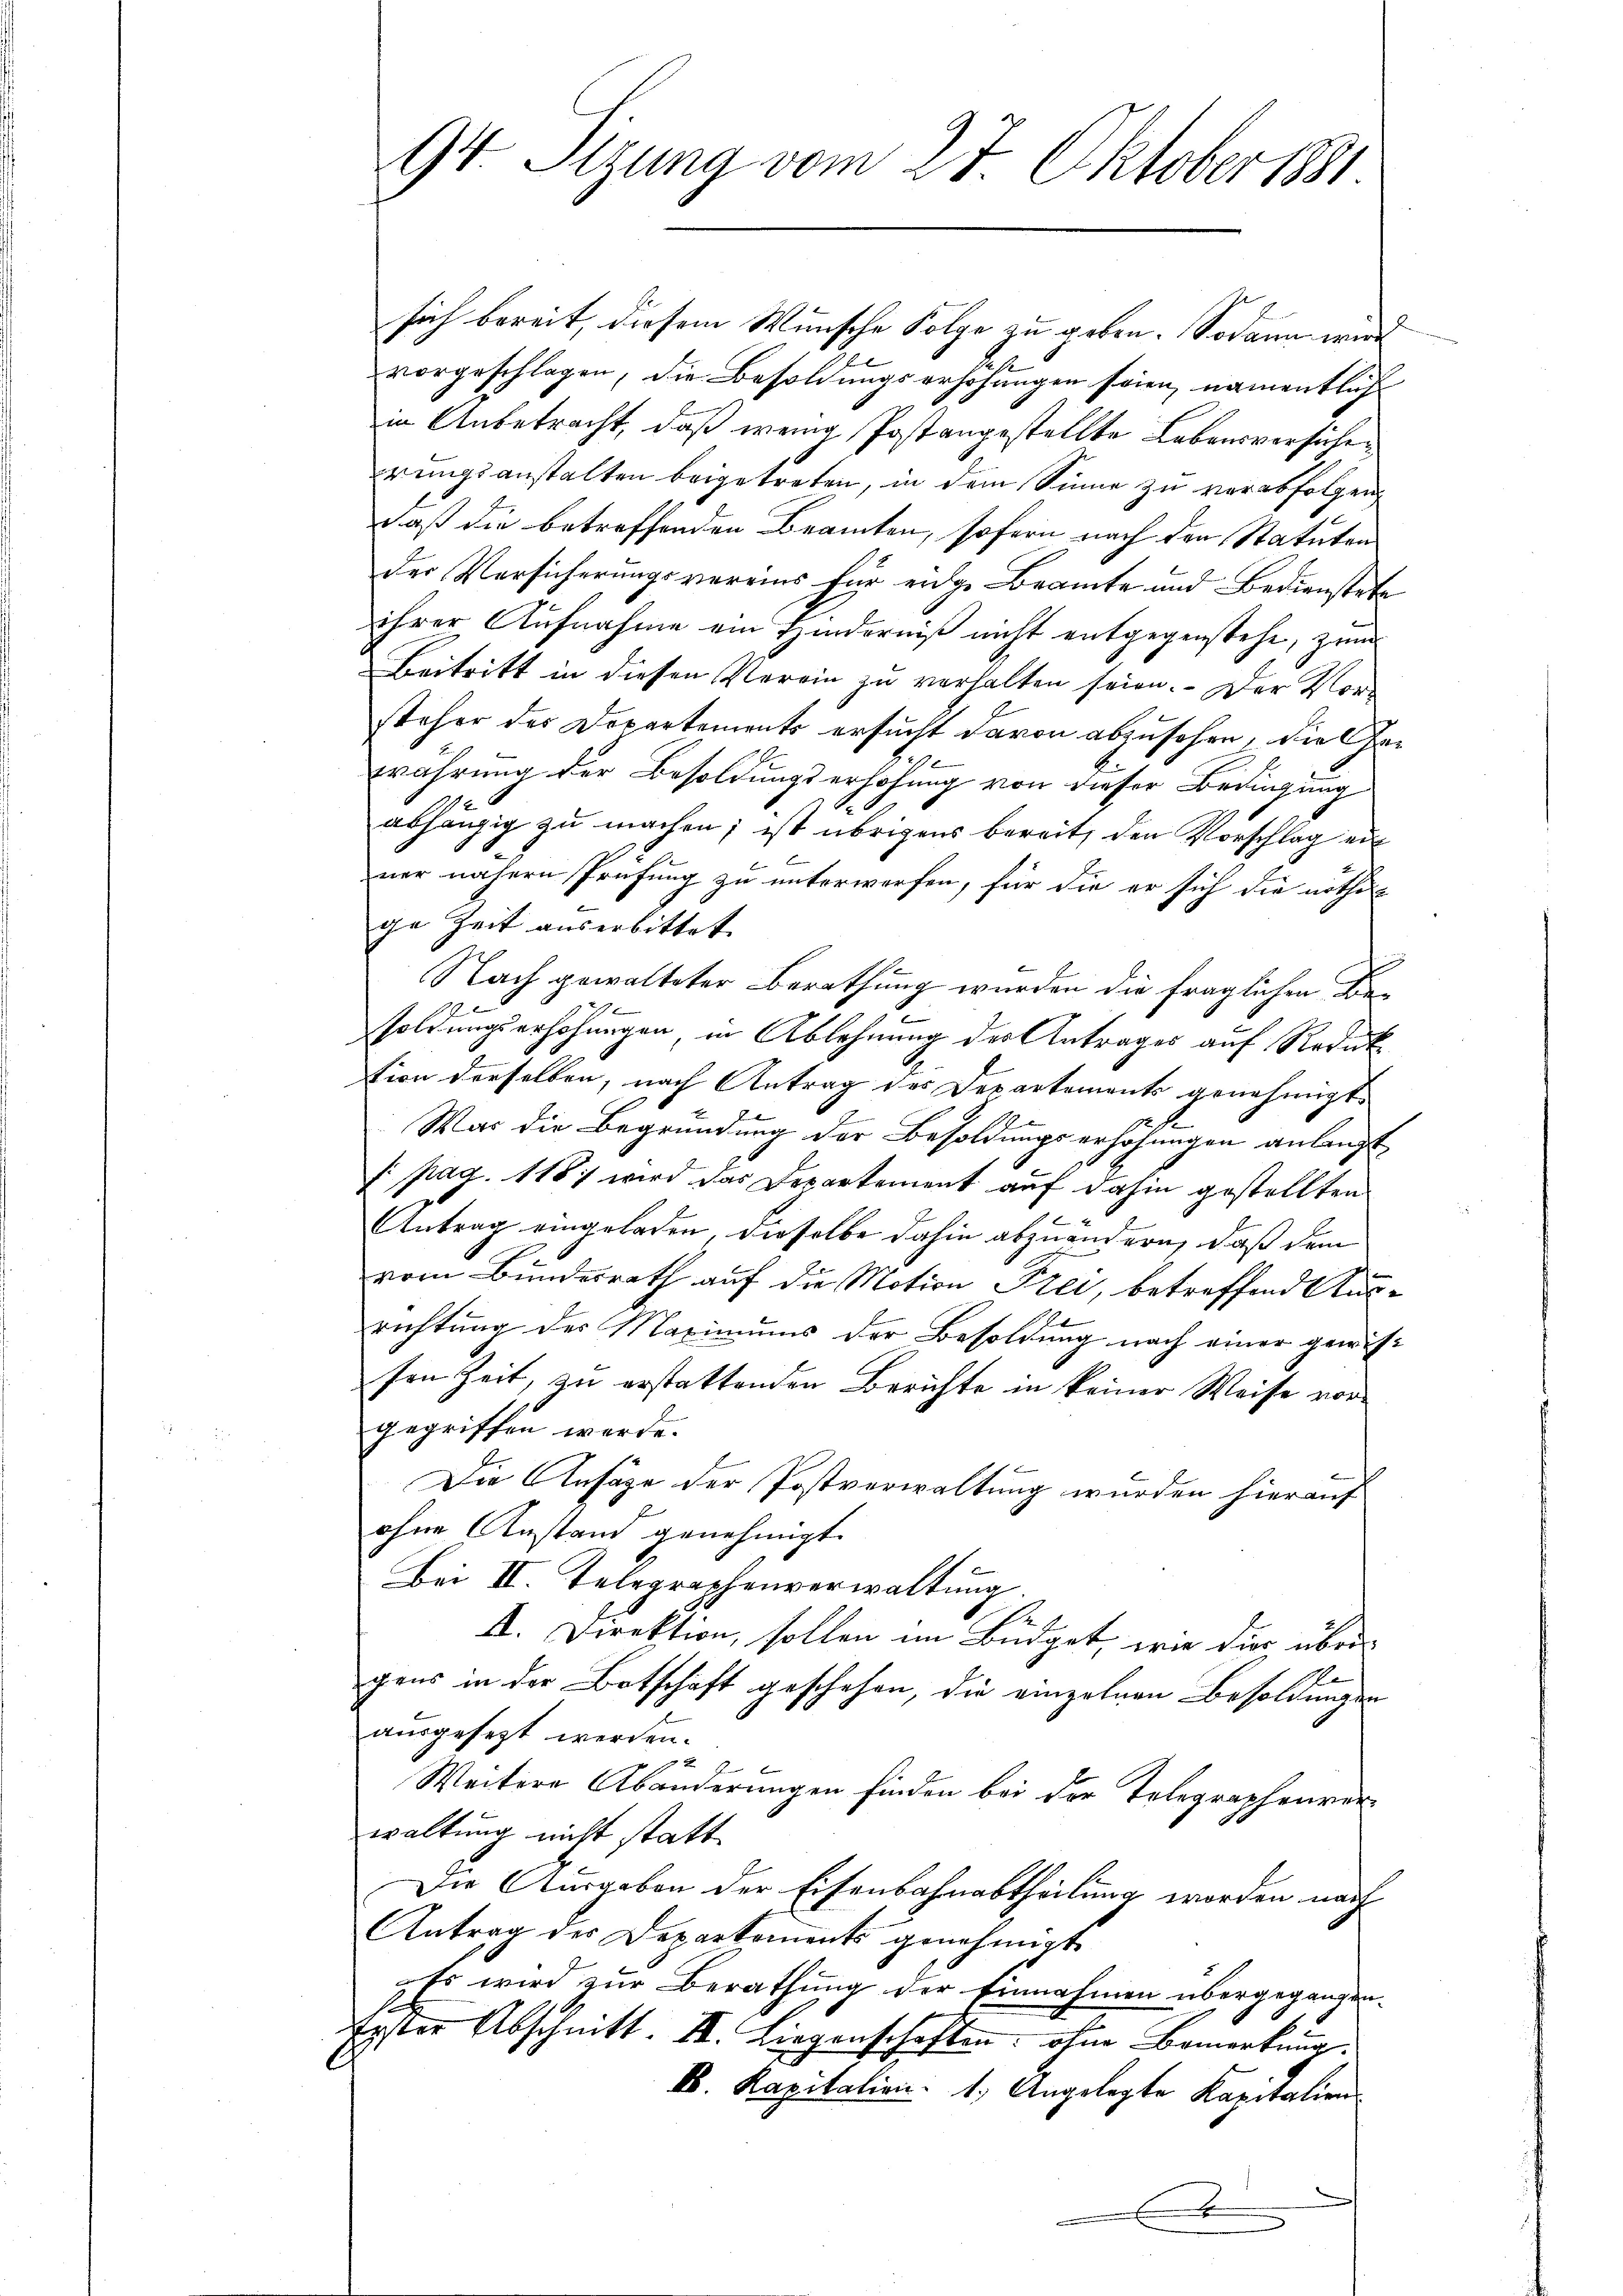
sich bereit, diesem Wunsche Folge zu geben. Sodann wird
vorgeschlagen, die Besoldungserhöhungen seien, namentlich
in Anbetracht, daß wenig Postangestellte Lebensversucherungsanstalten beigetreten, in dem Sinne zu verabfolgen
daß die betreffenden Beamten, sofern nach den Statuten
der Versicherungsvereins für eidge Beamte und Bedienstete
ihrer Aufnahme ein Hinderniß nicht entgegenstehe, zum
Beitritt in diesen Verein zu verhalten seien. - Der Vor-
steher des Departements ersucht davon abzusehen, die Ge¬
0
währung der Besoldungserhöhung von dieser Bedingung
abhängig zu machen; ist übrigens bereit, den Vorschlag einer nähern Prüfung zu unterwerfen, für die er sich die nöthi-
ge Zeit auserbittet.
Nach gewalteter Berathung wurden die fraglichen Besoldungserhöhungen, in Ablehnung der Antrages auf Reduk
tion derselben, nach Antrag des Departements genehmigt
War die Begründung der Besoldungserhöhungen anlangt
f: pag. 118. wird das Departement auf dahin gestellten
Antrag eingeladen, dieselbe dahin abzuändern, daß dem
vom Bundesrath auf die Motion Frei, betreffend Ausrichtung des Maximums der Besoldung nach einer gewissen Zeit, zu erstattenden Berichte in keiner Weise vorgegriffen werde.
Die Ansätze der Postverwaltung wurden hierauf
ohne Anstand genehmigt.
Bei II. Telegraphenverwaltung
A
I. Direktion, sollen im Büdget, wie dies über-
gens in der Botschaft geschehen, die einzelnen Besoldungen
ausgesezt werden.
4 J
Weitere Abänderungen finden bei der Telegraphenver
waltung nicht statt
Die Ausgaben der Eisenbahnabtheilung worden nach
Antrag des Deparkoments genehmigt
Es wird zur Berathung der Einnahmen übergegangen.
Erster Abschnitt. II. Liegenschaften, ohne Bemerkung.
k. Kapitalien 1. Angelegte Kapitalien
.

94 Sitzung vom 27 Oktober 1881.